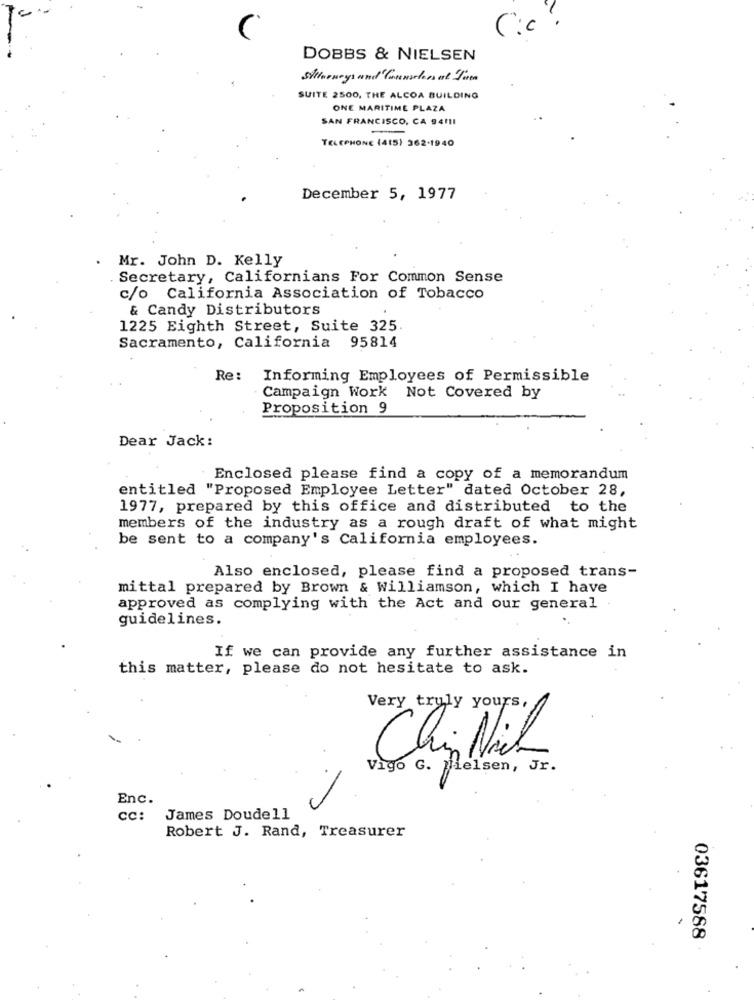
Cic
DOBBS & NIELSEN
Stileneys and Counsches at Jum
SUITE 2500, THE ALCOA BUILDING
ONE MARITIME PLAZA
SAN FRANCISCO, CA 94111
TELEPHONE (415) 262-1940
December 5, 1977
Mr. John D. Kelly
Secretary, Californians For Common Sense
c/o California Association of Tobacco
& Candy Distributors
1225 Eighth Street, Suite 325.
Sacramento, California 95814
Re :
Informing Employees of Permissible
Campaign Work Not Covered by
Proposition 9
Dear Jack:
Enclosed please find a copy of a memorandum
entitled "Proposed Employee Letter" dated October 28,
1977, prepared by this office and distributed to the
members of the industry as a rough draft of what might
be sent to a company's California employees.
Also enclosed, please find a proposed trans-
mittal prepared by Brown & Williamson, which I have
approved as complying with the Act and our general
guidelines.
If we can provide any further assistance in
this matter, please do not hesitate to ask.
Very truly yours,
Chin Nich
Vigo G. Nielsen, Jr.
.
Enc.
CC:
James Doudell
Robert J. Rand, Treasurer
03617588